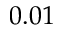
0 . 0 1